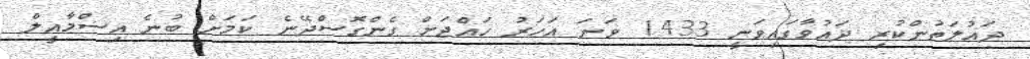
ދައުލަތުންކުރި ދައުވާގައިވަނީ 1433 ވަނަ އަހަރު ހައްޖަށް ގެންގޮސްދޭނެ ކަމަށް ބުނެ އިސްމާއީލް